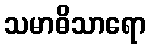
သမာဓိသာရော